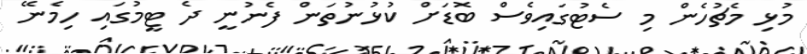
މުޅި މެޗުހެން މި ސެޓުގައިވެސް ބޮޑަށް ކުޅުނުތަން ފެނުނީ ދެ ޓީމުގައި ހިމެނޭ